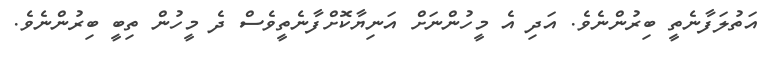
އަތުލަފާނެތީ ބިރުންނެވެ. އަދި އެ މީހުންނަށް އަނިޔާކޮށްފާނެތީވެސް ދެ މީހުން ތިބީ ބިރުންނެވެ.